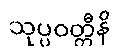
သုပ္ပဝတ္တီနိ